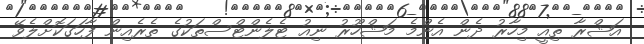
އަޝްރާ ތިއީ މިހާރު ދެން އެންމެ މަޝްހޫރު ނިއު ޓެލެންޓްސްތަކުގެ ތެރެއިން ފާހަގަކޮށްލެވޭ